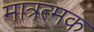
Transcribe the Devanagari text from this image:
मात्रत्मक